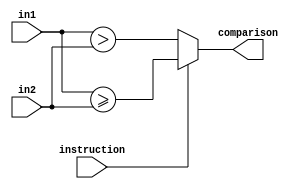
module DW01_cmp2_oper(in1, in2, instruction, comparison);
  parameter wordlength = 8;

  input [wordlength-1:0] in1, in2;
  input instruction;
  output comparison;
  reg comparison;
 
  always @ (in1 or in2 or instruction)
  begin
    if (instruction == 0)
      comparison = (in1 > in2);
    else
      comparison = (in1 >= in2);
  end
endmodule